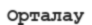
Орталау